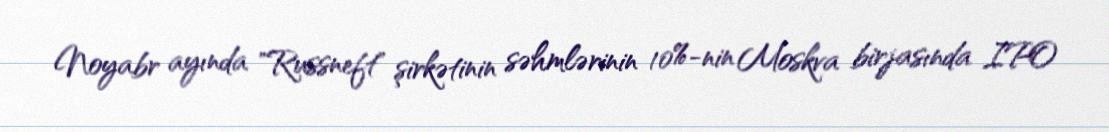
Noyabr ayında "Russneft" şirkətinin səhmlərinin 10%-nin Moskva birjasında IPO